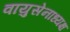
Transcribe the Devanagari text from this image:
वायुसेनाध्यक्ष